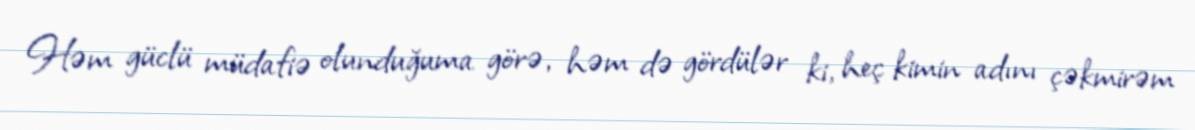
Həm güclü müdafiə olunduğuma görə, həm də gördülər ki, heç kimin adını çəkmirəm